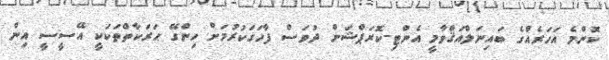
ކޮންމެ އަހަރެއްގެ ބައިނަލްއަޤްވާމީ އެންޓި-ކޮރަޕްޝަން ދުވަސް ފާހަގަކުރުމަށް ހިންގޭ ޙަރަކާތްތަކަކީ އޭސީސީ އިން